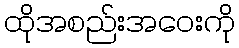
ထိုအစည်းအဝေးကို